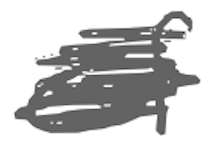
Text: of
Cross-out: scratch
Writing tool: digital_gray